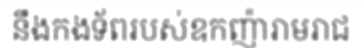
នឹងកងទ័ពរបស់ឧកញ៉ារាមរាជ